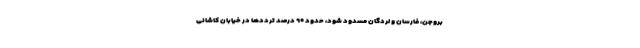
بروجن، فارسان و لردگان مسدود شود، حدود ۹۰ درصد ترددها در خیابان کاشانی